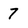
Character: 7